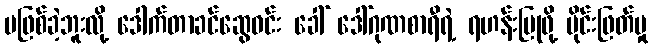
မဖြစ်ခဲ့ဘူးလို့ ဒေါက်တာခင်ဆွေဝင်း ခေါ် ဒေါ်ဂုဏစာရီရဲ့ ရဟန်းပြုဖို့ ပိုင်းဖြတ်မှု